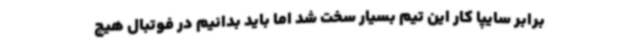
برابر سایپا کار این تیم بسیار سخت شد اما باید بدانیم در فوتبال هیچ